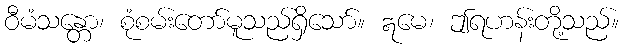
ဝီမံသန္တော၊ စုံစမ်းတော်မူသည်ရှိသော်။ ဣမေ၊ ဤရဟန်းတို့သည်။